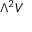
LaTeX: \Lambda ^ { 2 } V